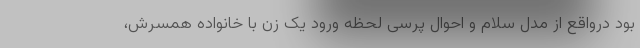
بود درواقع از مدل سلام و احوال پرسی لحظه ورود یک زن با خانواده همسرش،